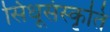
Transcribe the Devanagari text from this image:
सिंधूसंस्कृति